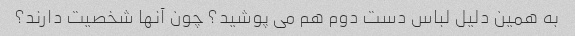
به همین دلیل لباس دست دوم هم می پوشید؟ چون آنها شخصیت دارند؟